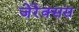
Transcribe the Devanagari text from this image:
जेरेक्सस